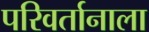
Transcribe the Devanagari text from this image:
परिवर्तानाला